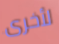
لأخرى